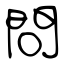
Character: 問